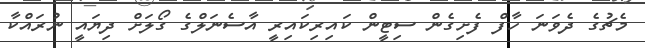
މެޗުގެ ދެވަނަ ހާފް ފެށިގެން ސިޓީން ކައިރިކައިރީ އާސެނަލްގެ ގޯލަށް ދިޔައީ ނުރައްކާ